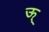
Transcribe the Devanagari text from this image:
ऊ्